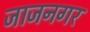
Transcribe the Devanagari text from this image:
जाजनगर